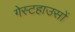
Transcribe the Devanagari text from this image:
गेस्टहाउसों